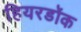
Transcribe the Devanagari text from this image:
हियरडॉक